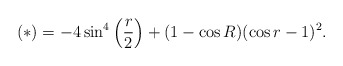
\begin{align*}(*) = -4\sin^4\left(\frac{r}{2}\right) + (1-\cos R)(\cos r-1)^2.\end{align*}